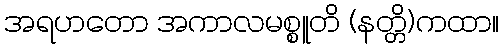
အရဟတော အကာလမစ္စူတိ (နတ္တိ)ကထာ။